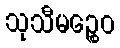
သုသီမဉ္စေဝ